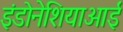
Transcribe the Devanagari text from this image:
इंडोनेशियाआई